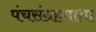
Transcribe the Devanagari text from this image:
पंचसंग्रहगाथा